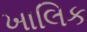
ખાલિક